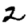
Digit: 2